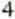
4